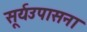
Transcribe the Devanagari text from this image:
सूर्यउपासना